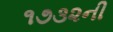
૧૭૩૨ની